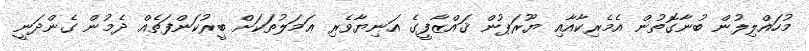
މުހައްލިލުން ބުނާގޮތުން އެމެރިކާއާއި ޔޫރަޕުން ޤައްޒާފީގެ އަނިޔާވެރި ޢަމަލުތަކަށް ބީރުކަންފަތެއް ދެމުން ގެންދަނީ